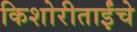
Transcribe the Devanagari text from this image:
किशोरीताईंचे